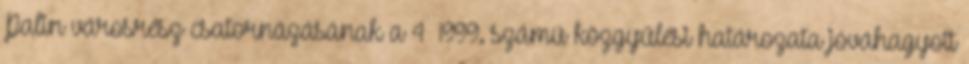
Palin városrész csatornázásának a 4 1999. számú közgyűlési határozata jóváhagyott